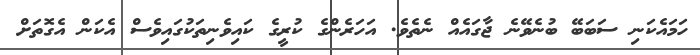
ހަމައެކަނި ސަބަބޭ ބުނެވޭނެ ޖާގައެއް ނެތެވެ. އަހަރެންގެ ކުރީގެ ކައިވެނިތަކުގައިވެސް އެކަން އެގޮތަށް